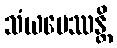
သံယမေဿန္တိ